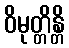
ဝိမုတ္တိန္တိ